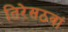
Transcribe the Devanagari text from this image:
तिरेसठवां